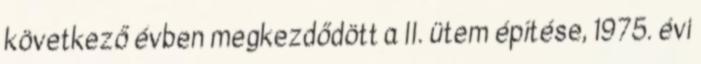
következő évben megkezdődött a II. ütem építése, 1975. évi